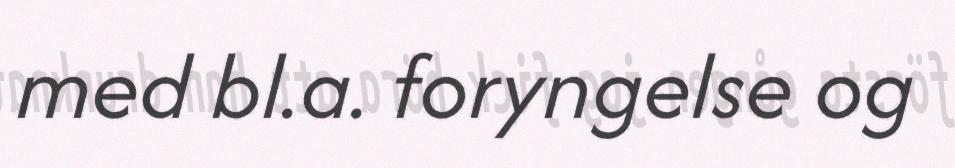
med bl.a. foryngelse og